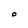
Character: O